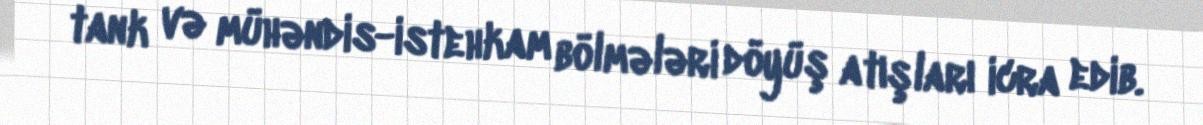
tank və mühəndis-istehkam bölmələri döyüş atışları icra edib.